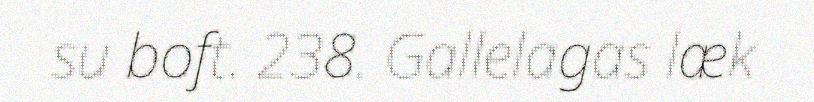
su boft. 238. Gallelagas læk